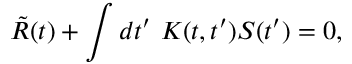
\tilde { R } ( t ) + \int d t ^ { \prime } \ K ( t , t ^ { \prime } ) S ( t ^ { \prime } ) = 0 ,